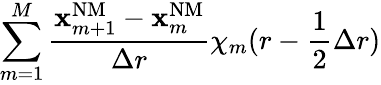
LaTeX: \sum_{m=1}^{M}\frac{\mathbf{x}_{m+1}^{\mathrm{{NM}}}-\mathbf{x}_{m}^{\mathrm{{NM}}}}{\Delta r}\chi_{m}(r-\frac{1}{2}\Delta r)